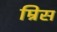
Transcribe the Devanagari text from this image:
म्रिस